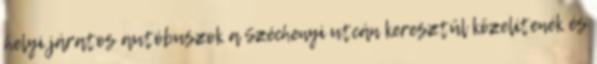
helyi járatos autóbuszok a Széchenyi utcán keresztül közelítenék és